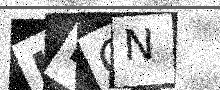
Text: LKQN